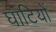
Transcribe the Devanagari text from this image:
घाटियों